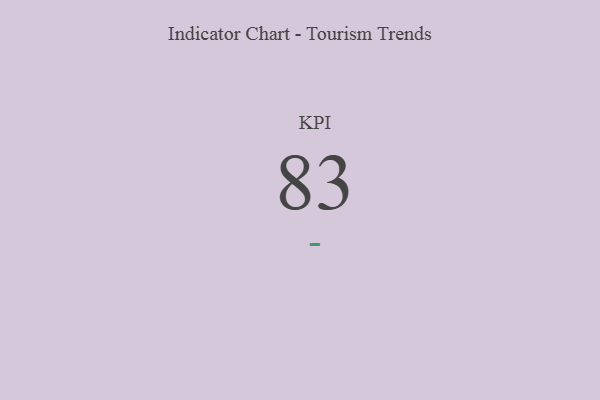
{"axis": {"x": "KPI", "y": "Value"}, "legend": [""], "data": [{"x": "KPI", "y": 83, "type": ""}]}